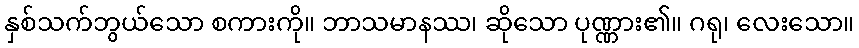
နှစ်သက်ဘွယ်သော စကားကို။ ဘာသမာနဿ၊ ဆိုသော ပုဏ္ဏား၏။ ဂရု၊ လေးသော။